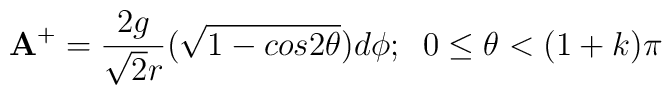
{\bf A}^{+}=\frac {2g}{{\sqrt {2}}r}(\sqrt{1-cos2{\theta}})d{\phi};\;\;0\leq {\theta}<(1+k){\pi}